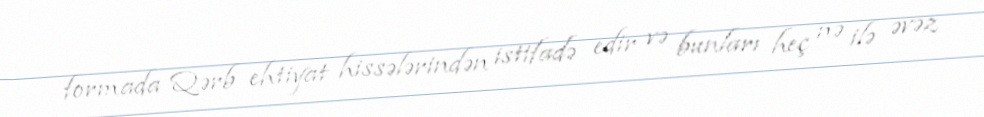
formada Qərb ehtiyat hissələrindən istifadə edir və bunları heç nə ilə əvəz